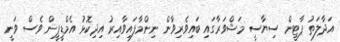
އަދާލަތު ޕާޓީން ސިޔާސީ މަޝްވަރާގައި ބައިވެރިވާން ނިންމާފައިވާއިރު އިދިކޮޅު އެމްޑީޕީން ވެސް ވަނީ